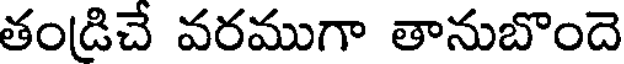
తండిచే వరముగా తానుబొందె